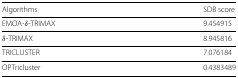
<table><thead><tr><td><b>Algorithms</b></td><td><b>SDB score</b></td></tr></thead><tbody><tr><td>EMOA- <i>δ</i>-TRIMAX</td><td>9.454915</td></tr><tr><td><i>δ</i>-TRIMAX</td><td>8.945816</td></tr><tr><td>TRICLUSTER</td><td>7.076184</td></tr><tr><td>OPTricluster</td><td>0.4383489</td></tr></tbody></table>